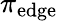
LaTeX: \pi_{\mathrm{edge}}